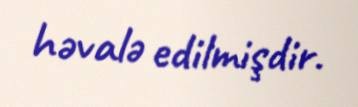
həvalə edilmişdir.